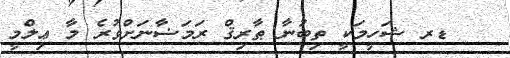
ޑރ ޝަހީމަކީ ތިބުނާ ޠާރިޤް ރަމަޟާނަށްވުރެ މާ ޢިލްމީ